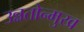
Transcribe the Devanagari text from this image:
उन्नतोन्मुख